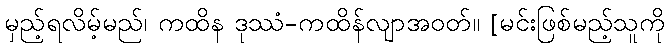
မှည့်ရလိမ့်မည်၊ ကထိန ဒုဿံ-ကထိန်လျာအဝတ်။ [မင်းဖြစ်မည့်သူကို